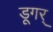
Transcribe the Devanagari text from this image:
डूगर्